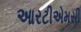
આરટીએમસી